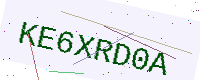
Text: KE6XRD0A